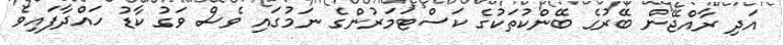
އަދި ރާއްޖޭން ބޭރުގެ ބޭންކުތަކުގެ ކަސްޓަމަރުންގެ ނަމުގައި ވެސް ވަގު ކާޑު ހައްދާފައިވެ